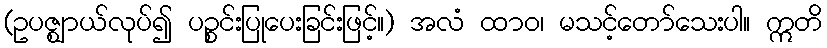
(ဥပဇ္ဈာယ်လုပ်၍ ပဉ္စင်းပြုပေးခြင်းဖြင့်။) အလံ ထာဝ၊ မသင့်တော်သေးပါ။ ဣတိ